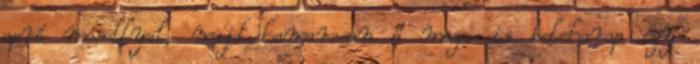
apró mosollyal, majd hamarosan ő maga is beleharap egy